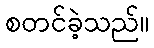
စတင်ခဲ့သည်။